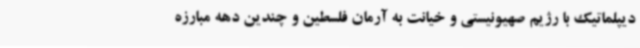
دیپلماتیک با رژیم صهیونیستی و خیانت به آرمان فلسطین و چندین دهه مبارزه